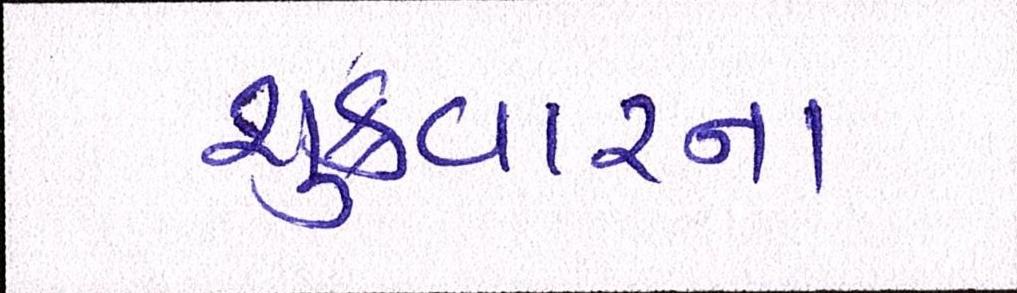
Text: શુક્રવારના